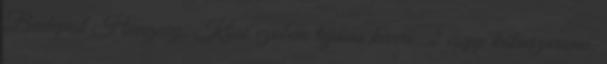
Budapest Hungary. Kissé vzobem tojásos keverő. 2 csepp kókuszaroma.